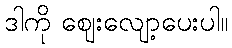
ဒါကို ဈေးလျော့ပေးပါ။